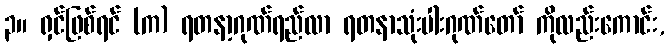
၃။ ရှင်ဖြစ်ရင် (က) ရတနာ့ဂုဏ်ရည်လာ ရတနာသုံးပါးဂုဏ်တော် ကိုလည်းကောင်း,